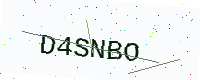
Text: D4SNBO